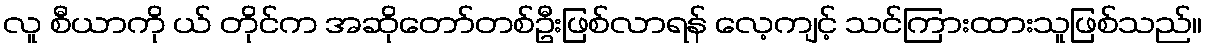
လူ စီယာကို ယ် တိုင်က အဆိုတော်တစ်ဦးဖြစ်လာရန် လေ့ကျင့် သင်ကြားထားသူဖြစ်သည်။